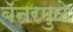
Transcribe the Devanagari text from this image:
बॅनरमुळे